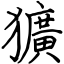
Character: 獷